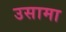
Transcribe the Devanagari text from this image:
उसामा